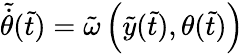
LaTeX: \tilde{\dot{\theta}}(\tilde{t})=\tilde{\omega}\left(\tilde{y}(\tilde{t}),\theta(\tilde{t})\right)